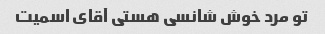
تو مرد خوش شانسی هستی آقای اسمیت